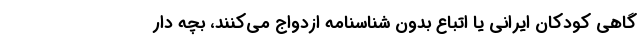
گاهی کودکان ایرانی یا اتباع بدون شناسنامه ازدواج می‌کنند، بچه دار